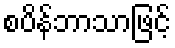
စပိန်ဘာသာဖြင့်